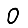
Digit: 0